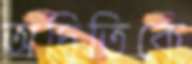
অদিতিকে